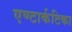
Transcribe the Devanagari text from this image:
एण्टार्कटिका